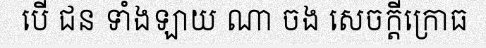
បើ ជន ទាំងឡាយ ណា ចង សេចក្តីក្រោធ